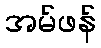
အမ်ဖန်